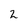
Character: 2